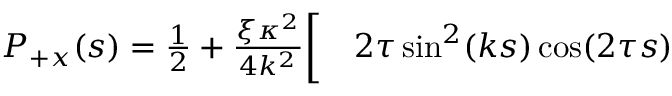
\begin{array} { r l } { P _ { + x } ( s ) = \frac { 1 } { 2 } + \frac { \xi \kappa ^ { 2 } } { 4 k ^ { 2 } } \bigg [ } & { { } 2 \tau \sin ^ { 2 } ( k s ) \cos ( 2 \tau s ) } \end{array}